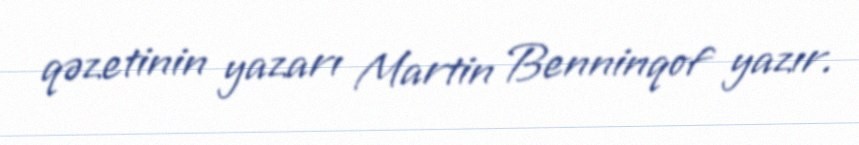
qəzetinin yazarı Martin Benninqof yazır.